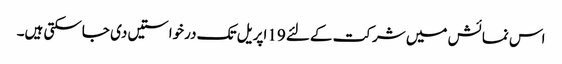
اس نمائش میں شرکت کےلئے 19اپریل تک درخواستیں دی جاسکتی ہیں۔